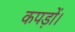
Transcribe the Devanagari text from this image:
कपड़ों।